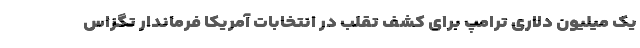
یک میلیون دلاری ترامپ برای کشف تقلب در انتخابات آمریکا فرماندار تگزاس